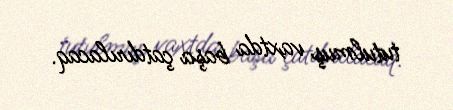
tutulmuş vaxtda başa çatdırılacaq.